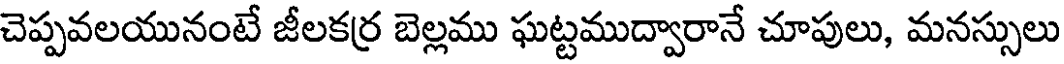
చెప్పవలయునంటే జీలకర్ర బెల్లము ఘట్టముద్వారానే చూపులు, మనస్సులు